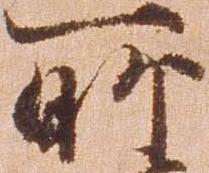
所